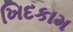
ખિદકામ